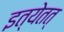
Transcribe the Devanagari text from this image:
इत्येतत्